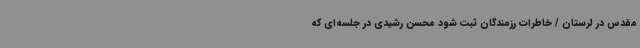
مقدس در لرستان / خاطرات رزمندگان ثبت شود محسن رشیدی در جلسه‌ای که